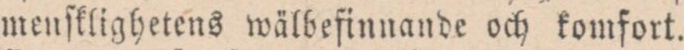
menſklighetens wälbeſinnande och komfort.